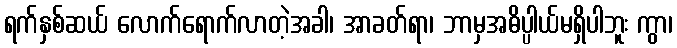
ရက်နှစ်ဆယ် လောက်ရောက်လာတဲ့အခါ၊ အာခတ်ရာ၊ ဘာမှအဓိပ္ပါယ်မရှိပါဘူး ကွာ၊